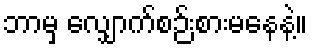
ဘာမှ လျှောက်စဉ်းစားမနေနဲ့။